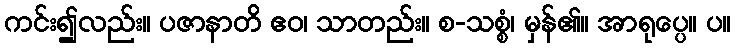
ကင်း၍လည်း။ ပဇာနာတိ ဧဝ၊ သာတည်း။ စ-သစ္စံ၊ မှန်၏။ အာရုပ္ပေ။ ပ။